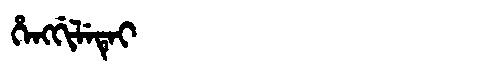
Manchu: ᡥᡝᠩᡤᡳᠯᡝᡨᡝᡳ
Romanization: HENGGILETEI